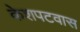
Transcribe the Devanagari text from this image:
केशपटवास